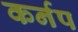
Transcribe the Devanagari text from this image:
कर्नप